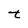
Character: t